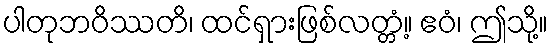
ပါတုဘဝိဿတိ၊ ထင်ရှားဖြစ်လတ္တံ့။ ဧဝံ၊ ဤသို့။